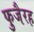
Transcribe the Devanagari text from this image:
फुजैरह